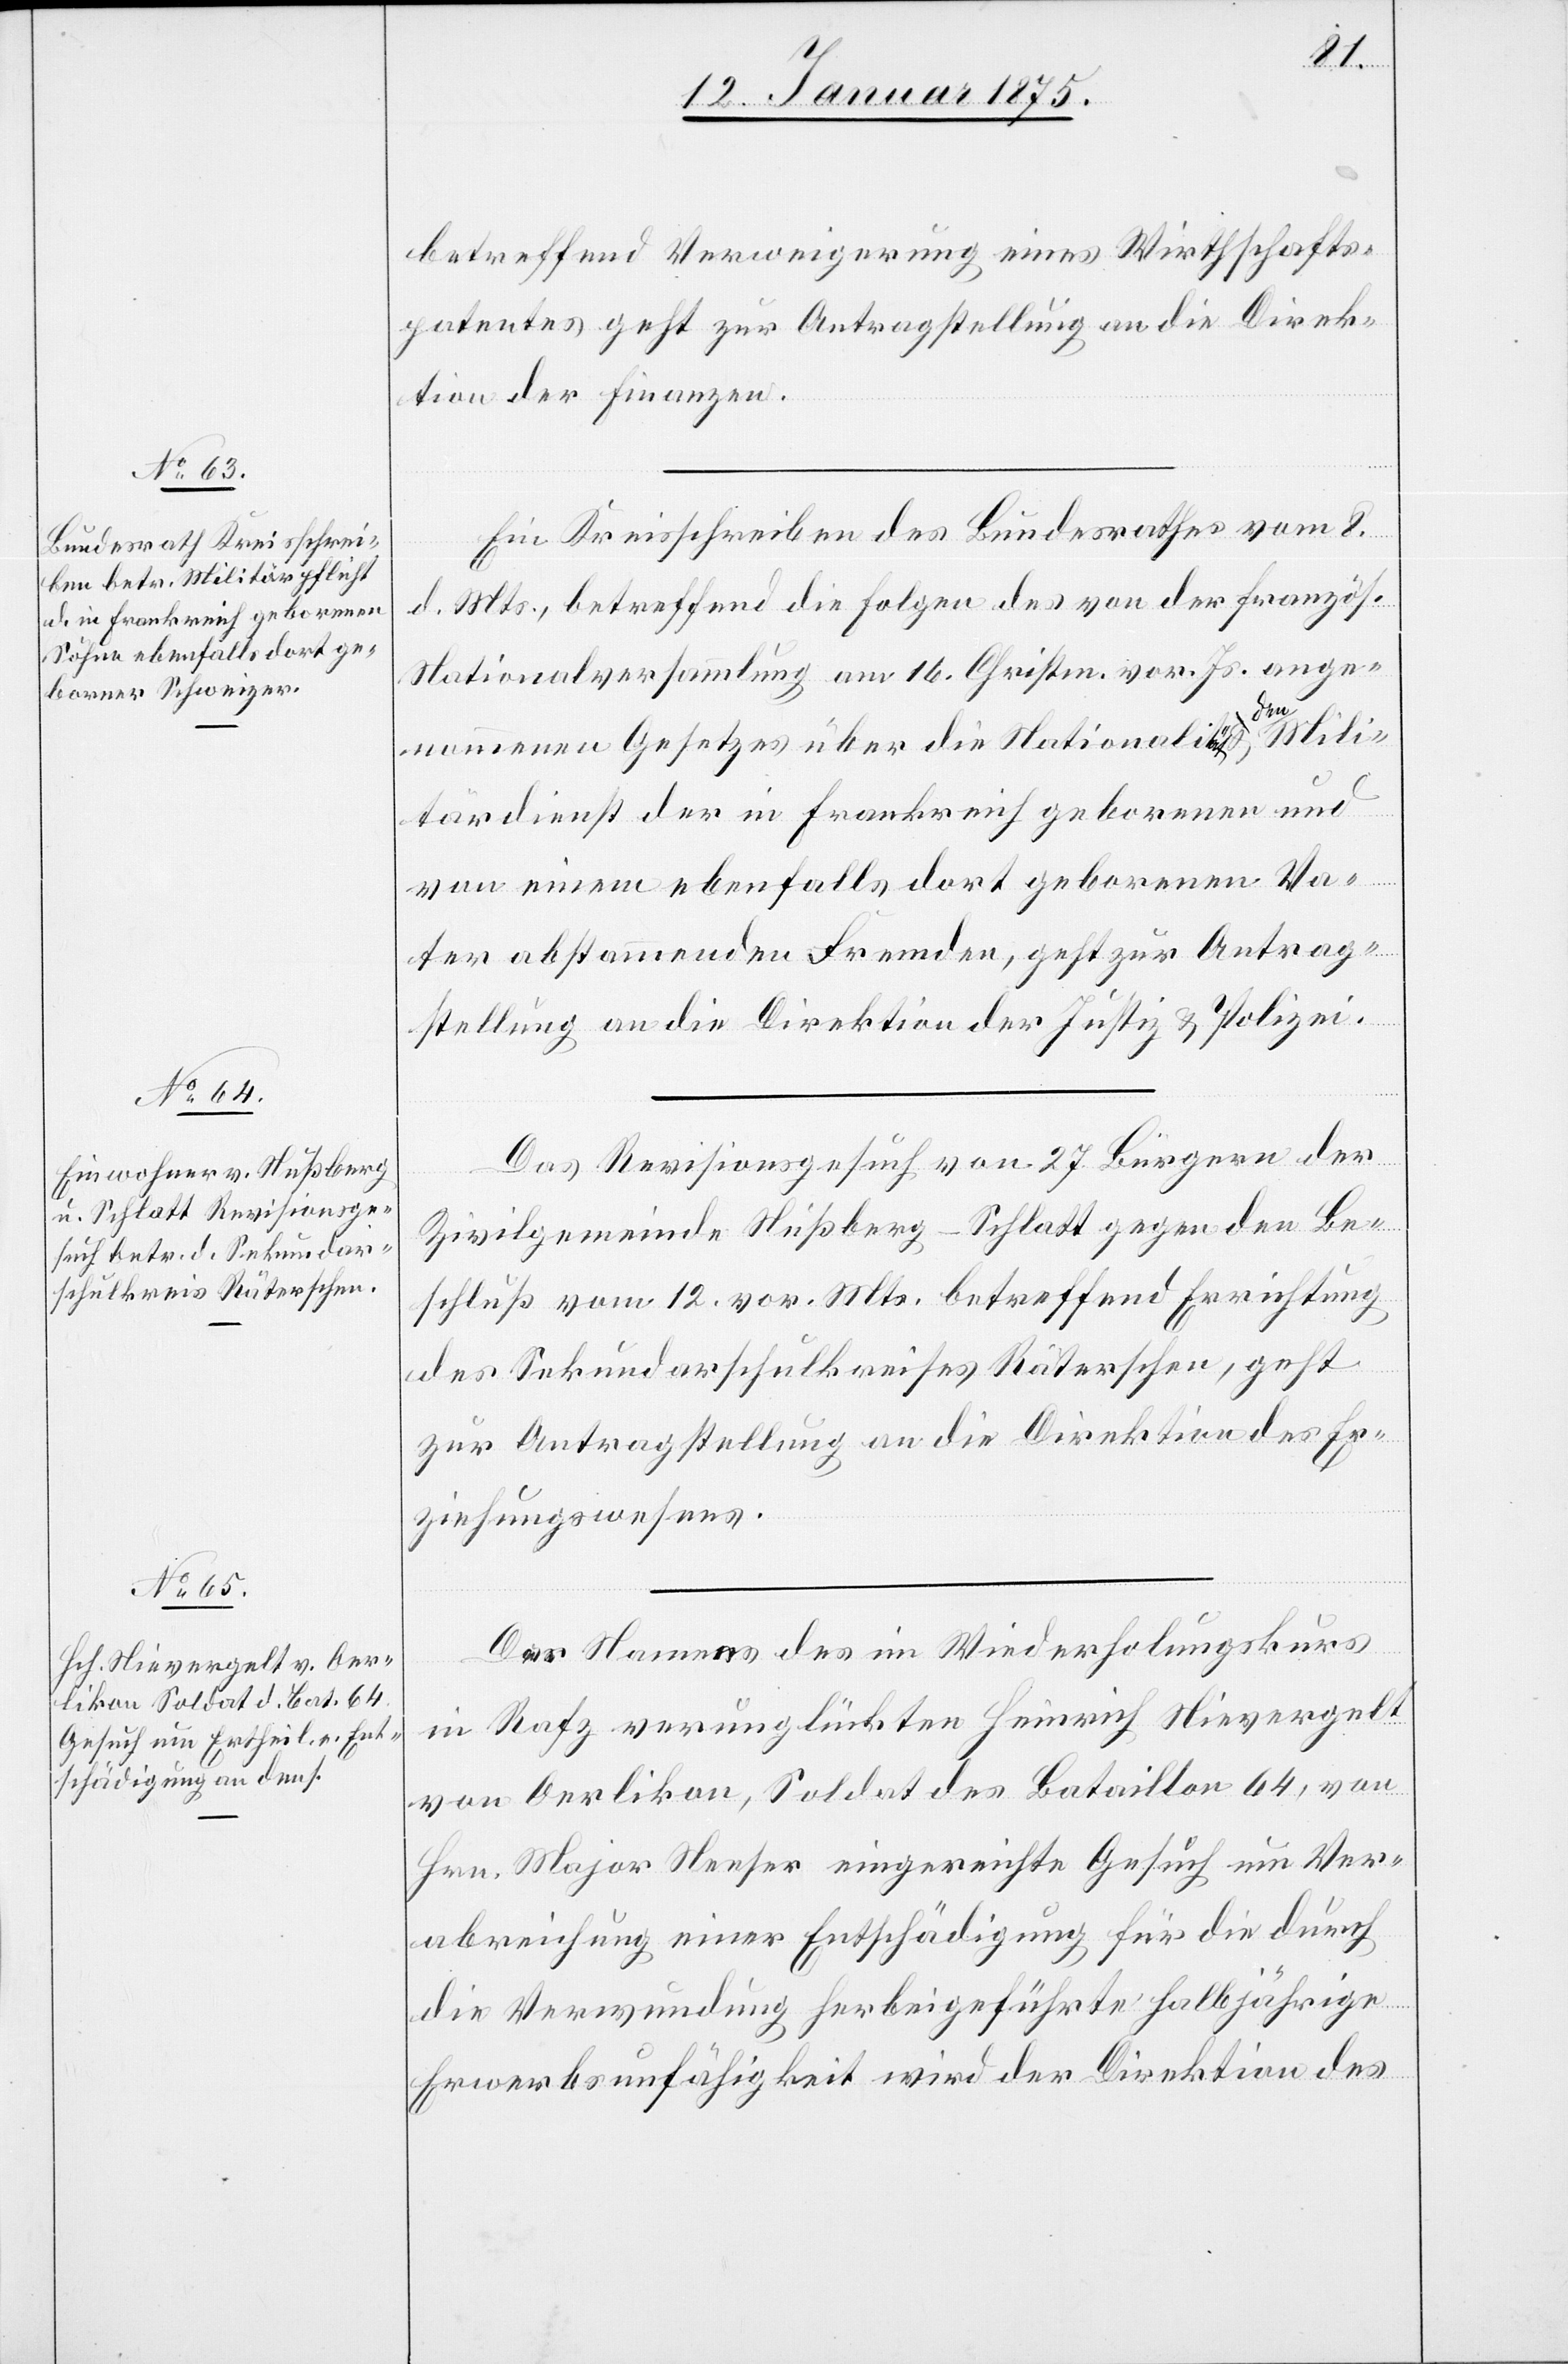
12. Januar 1875.]
betreffend Verweigerung eines Wirthschafts¬
patentes geht zur Antragstellung an die Direk¬
tion der Finanzen.
Ein Kreisschreiben des Bundesrathes vom 8.
d. Mts., betreffend die Folgen des von der französ.
Nationalversammlung am 16. Christm. vor. Js. ange¬
nommenen Gesetzes über die Nationalität
tärdienst der in Frankreich geborenen und
von einem ebenfalls dort geborenen Va¬
ter abstammenden Fremden, geht zur Antrag¬
stellung an die Direktion der Justiz & Polizei.
Das Revisionsgesuch von 27 Bürgern der
Zivilgemeinden Nußberg-Schlatt gegen den Be¬
schluß vom 12. vor. Mts. betreffend Errichtung
Mili¬
des Sekundarschulkreises Räterschen, geht
zur Antragstellung an die Direktion des Er¬
ziehungswesens.
Das Namens des im Wiederholungskurs
in Rafz verunglückten Heinrich Nievergelt
von Oerlikon, Soldat des Bataillon 64, von
Hrn. Major Neeser eingereichte Gesuch um Ver¬
abreichung einer Entschädigung für die durch
die Verwundung herbeigeführte halbjährige
Erwerbsunfähigkeit wird der Direktion des